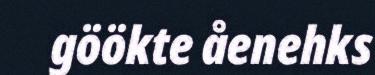
göökte åenehks